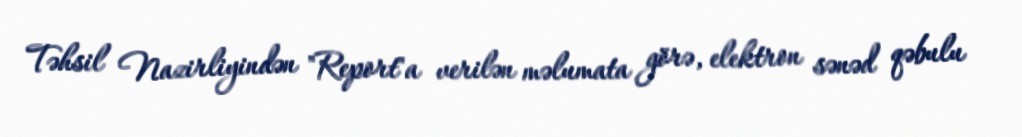
Təhsil Nazirliyindən "Report"a verilən məlumata görə, elektron sənəd qəbulu